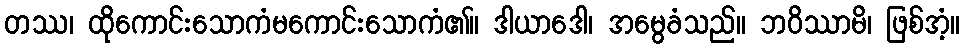
တဿ၊ ထိုကောင်းသောကံမကောင်းသောကံ၏။ ဒါယာဒေါ၊ အမွေခံသည်။ ဘဝိဿာမိ၊ ဖြစ်အံ့။